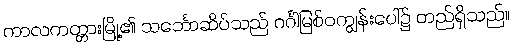
ကာလကတ္တားမြို့၏ သင်္ဘောဆိပ်သည် ဂင်္ဂါမြစ်ဝကျွန်းပေါ်၌ တည်ရှိသည်။